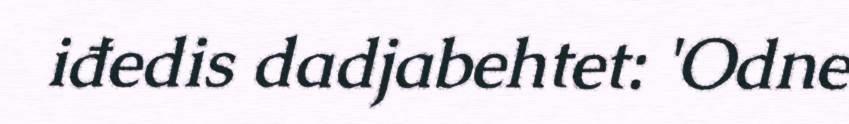
iđedis dadjabehtet: 'Odne